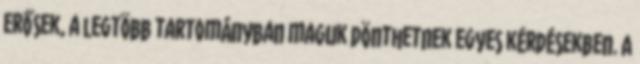
erősek, a legtöbb tartományban maguk dönthetnek egyes kérdésekben. A